Indian journal of veterinary science and animal husbandry - Volumes 22-23, 1952-1953
Year: 1952
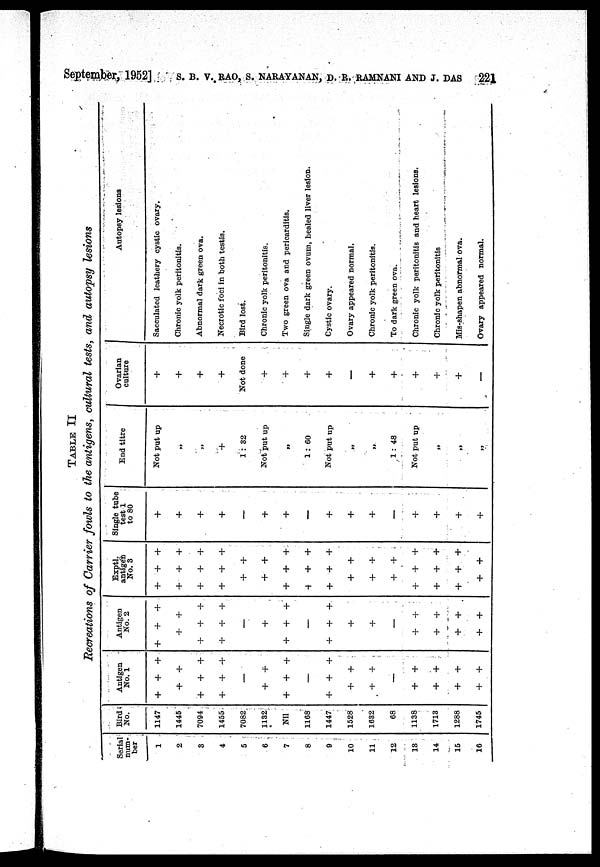
September, 1952] S. B. V. RAO, S. NARAYANAN, D. R. RAMNANI AND J. DAS 221
TABLE II
Recreations of Carrier fowls to the antigens, cultural tests, and autopsy lesions
Serial
num-
ber
1
2
3
4
5
6
7
8
9
10
11
12
13
14
15
16
Bird
No.
1147
1445
7094
1455
7082
1132
Nil
1168
1447
1528
1632
68
1138
1713
1288
1745
Antigen
No. 1
+ + +
+ +
+ + +
+ + +
—
+ +
+ + +
—
+ + +
+
+
+ +
—
+ +
+ +
+ +
+ +
Antigen
No. 2
+ + +
+ +
+ + +
+ + +
—
+
+ + +
—
+ + +
+
+
—
+ +
+ +
+ +
+ +
Exptl.
antigen
No. 3
+ + +
+ + +
+ + +
+ + +
+ +
+ +
+ + +
+ + +
+ + +
+ +
+ +
+ +
+ + +
+ + +
+ + +
+ +
Single tube
test 1
to 80
+
+
+
+
—
+
+
—
+
+
+
—
+
+
+
+
End titre
Not put up
„
„
+
1: 32
Not put up
„
1: 60
Not put up
„
„
1 : 48
Not put up
„
„
„
Ovarian
culture
+
+
+
+
Not done
+
+
+
+
—
+
+
+
+
+
—
Autopsy lesions
Sacculated leathery cystic ovary.
Chronic yolk peritonitis.
Abnormal dark green ova.
Necrotic foci in both testis.
Bird lost.
Chronic yolk peritonitis.
Two green ova and pericarditis.
Single dark green ovum, healed liver lesion.
Cystic ovary.
Ovary appeared normal.
Chronic yolk peritonitis.
To dark green ova.
Chronic yolk peritonitis and heart lesions.
Chronic yolk peritonitis
Mis-shapen abnormal ova.
Ovary appeared normal.